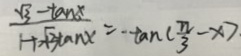
\frac { \sqrt { 3 } - \tan \alpha } { 1 + \sqrt { 3 } \tan x } = - \tan ( \frac { \pi } { 3 } - x )